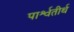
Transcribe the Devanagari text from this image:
पार्श्वतीर्थ